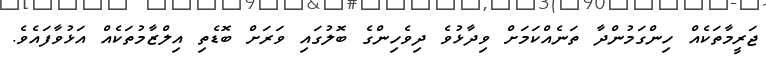
ޖަރީމާތަކެއް ހިންގަމުންދާ ތަނެއްކަމަށް ވިދާޅުވެ ދިވެހިންގެ ބޮލުގައި ވަރަށް ބޮޑެތި އިލްޒާމުތަކެއް އަޅުވާފައެވެ.